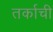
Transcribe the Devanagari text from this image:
तर्काची